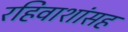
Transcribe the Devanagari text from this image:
रहिवाशांसह